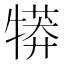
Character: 𤛘